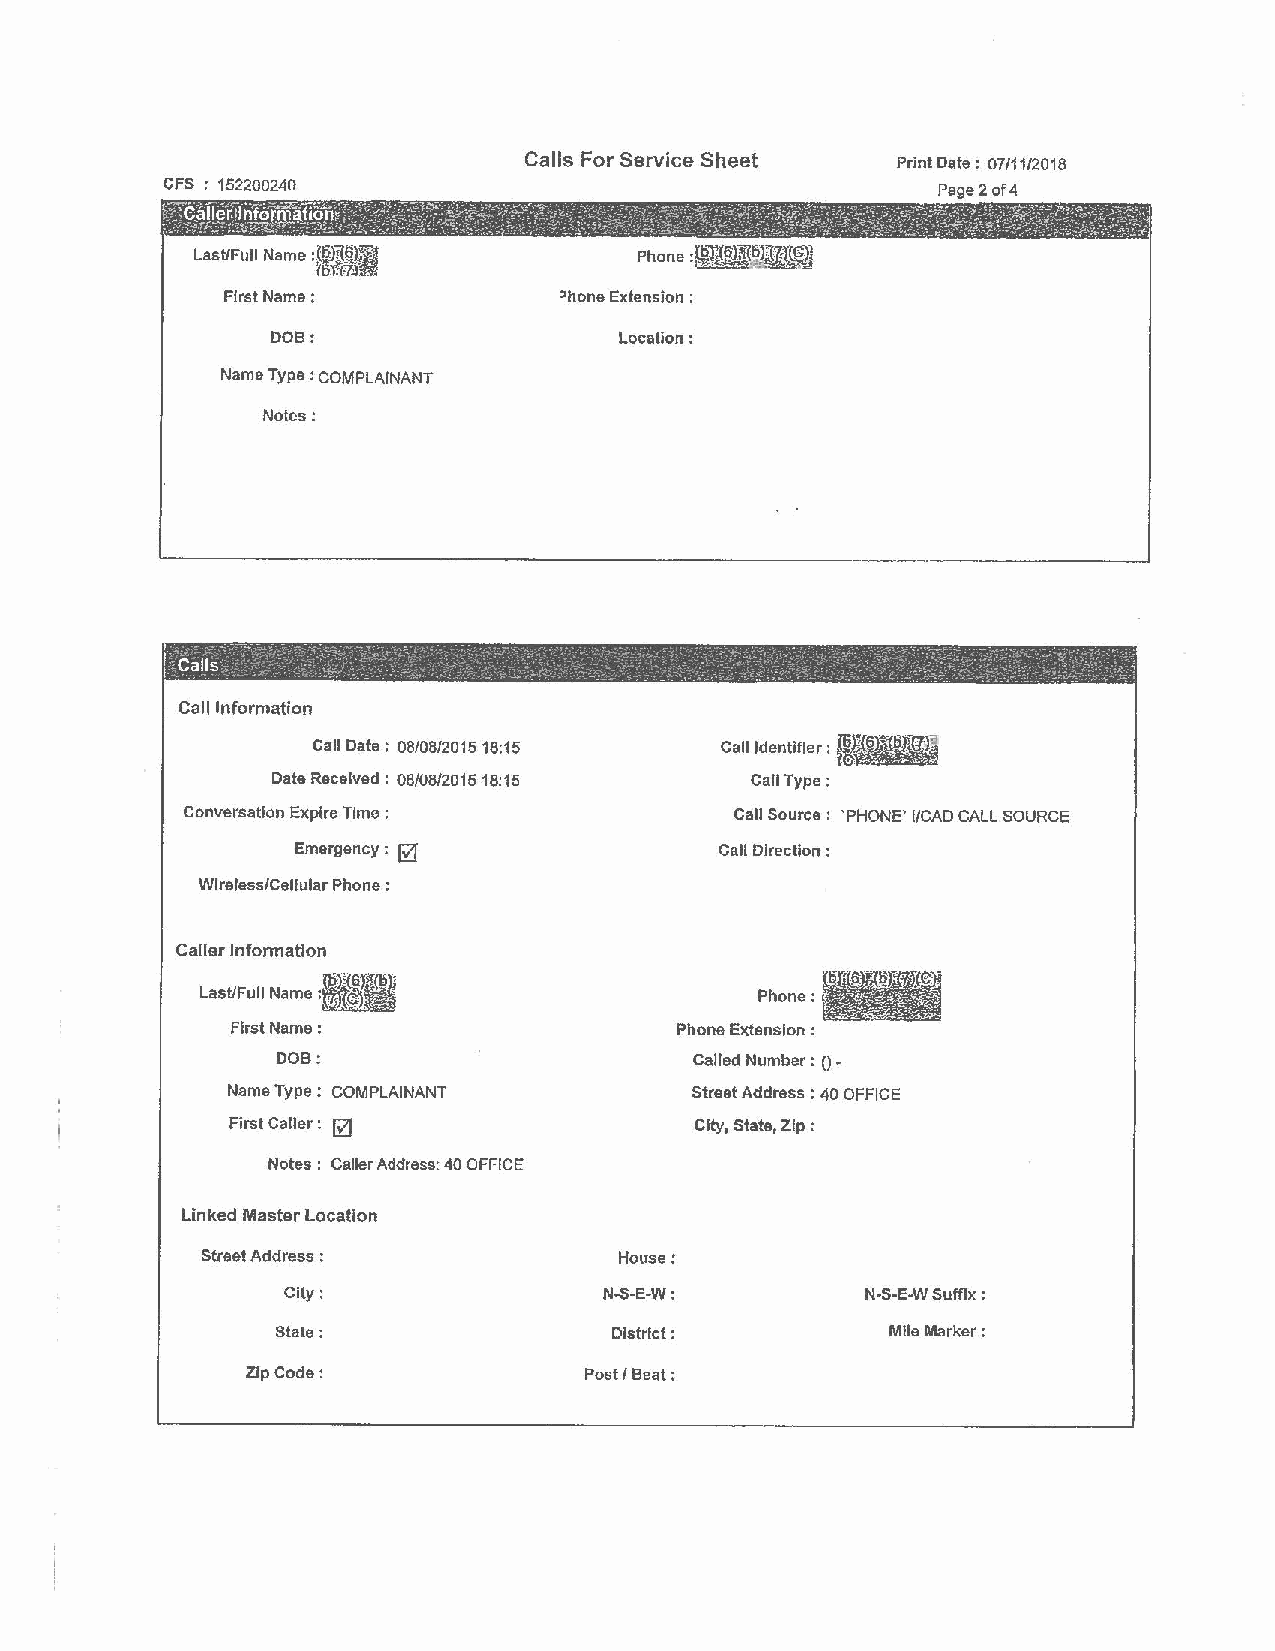
Calls For Service Sheet Print Date: 07/1112018
 CFS 152200240                                      Page2 of4
 Last/Full Name :l!?J.~.~
 f5/rz,~
 First Name:           ~hone Extension :
 DOB:                   Location:
 Name Type : COMPLAINANT
 Notes:
 i
 Calls. .     .    :·                   ,    ·     ~- - .     , , '
 I         J - _ -.          -    _              4  r        - • •
 Call Information
 Call Date: 08/08/2015 18:15 Call Identifier :
 Date Received : 06/06/2015 18:15 Call Type:
 Conversation Expire Time :           Call Source : 'PHONE' I/CAD CALL SOURCE
 Emergency : @                Call Direction :
 Wlreless/Cellular Phone:
 Caller lnfonnation
 Last/Full Name :                     Phone:
 First Name:                   Phone Extension :
 DOB:                        Called Number: ()-
 Name Type : COMPLAINANT        Street Address : 40 OFFICE
 First Caller: @                City, State, Zip:
 Notes : Caller Address: 40 OFFICE
 Linked Master Location
 Street Address :            House:
 City:                N-S-E-W:         N-S-E-W Suffix :
 State:                District:          Mlle Marker;
 Zip Code:              Post f Beat;